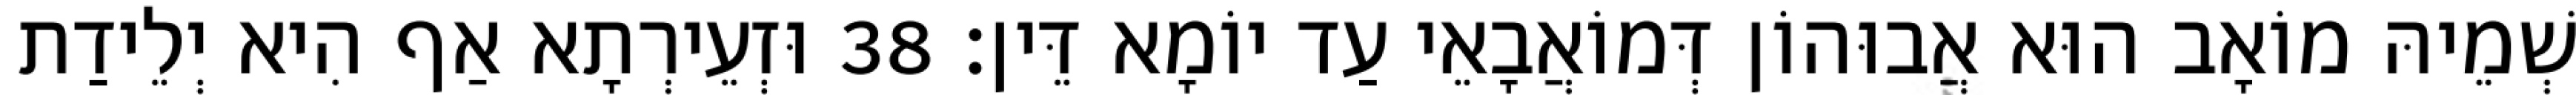
שְׁמֵיהּ מוֹאָב הוּא אֲבוּהוֹן דְּמוֹאֲבָאֵי עַד יוֹמָא דֵּין׃ 38 וּזְעֵירְתָא אַף הִיא יְלֵידַת